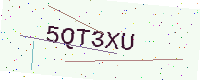
Text: 5QT3XU